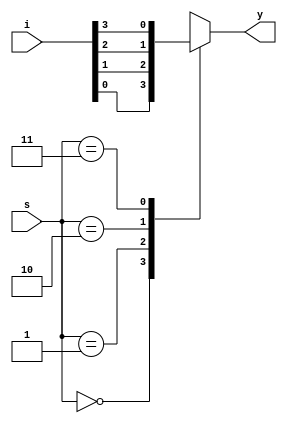
`timescale 1ns / 1ps
//////////////////////////////////////////////////////////////////////////////////
// Company: 
// Engineer: 
// 
// Design Name: 
// Module Name:    mux41b 
// Project Name: 
// Target Devices: 
// Tool versions: 
// Description: 
//
// Dependencies: 
//
// Revision: 
// Revision 0.01 - File Created
// Additional Comments: 
//
//////////////////////////////////////////////////////////////////////////////////
module mux41b(
    input [3:0] i,
    input [1:0] s,
    output reg y
    );
	 always@(i,s)
	 begin
	 case(s)
	 2'b00:y=i[0];
	 2'b01:y=i[1];
	 2'b10:y=i[2];
	 2'b11:y=i[3];
	 default:y=1'bz;
	 endcase
	 end
	endmodule